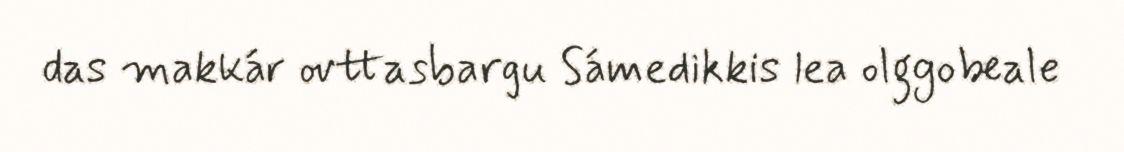
das makkár ovttasbargu Sámedikkis lea olggobeale